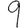
Digit: 9